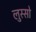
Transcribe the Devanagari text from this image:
लुस्सो